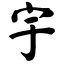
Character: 宇